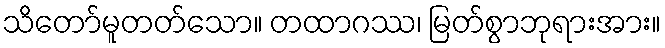
သိတော်မူတတ်သော။ တထာဂဿ၊ မြတ်စွာဘုရားအား။